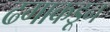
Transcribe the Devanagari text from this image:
ढगाकडून